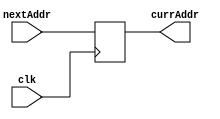
module programCounter(clk, nextAddr, currAddr);
input [31:0] nextAddr;
input clk;
output reg [31:0] currAddr = 0;
	always@(posedge clk)begin
		currAddr <= nextAddr;
	end
endmodule